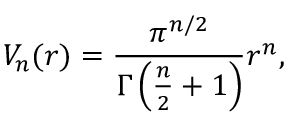
V _ { n } ( r ) = { \frac { \pi ^ { n / 2 } } { \Gamma \left( { \frac { n } { 2 } } + 1 \right) } } r ^ { n } ,